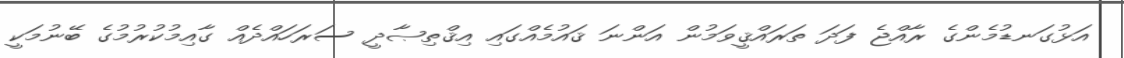
އަޅުގަނޑުމެންގެ ރާއްޖެ ފަދަ ތަރައްޤީވަމުން އަންނަ ޤައުމެއްގައި އިޤްތިޞާދީ ސަރަހައްދެއް ގާއިމުކުރުމުގެ ބޭނުމަކީ